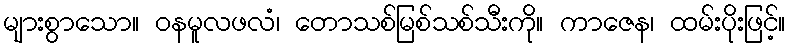
များစွာသော။ ဝနမူလဖလံ၊ တောသစ်မြစ်သစ်သီးကို။ ကာဇေန၊ ထမ်းပိုးဖြင့်။